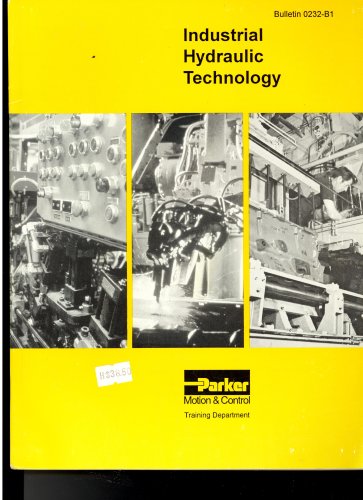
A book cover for Industrial Hydraulic Technology ~ Parker Motion & Control Training Department; Parker Hannifin Corporation; Science & Math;